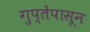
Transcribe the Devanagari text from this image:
गुप्तेंपासून